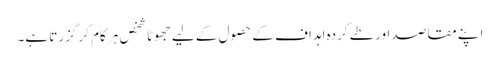
اپنے مقاصد اور طے کردہ اہداف کے حصول کے لیے جھوٹا شخص ہر کام کر گزرتا ہے۔